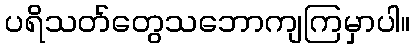
ပရိသတ်တွေသဘောကျကြမှာပါ။